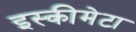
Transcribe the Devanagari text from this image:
इस्कीमेटा